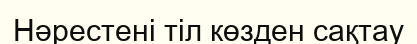
Нәрестені тіл көзден сақтау